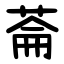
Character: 菕